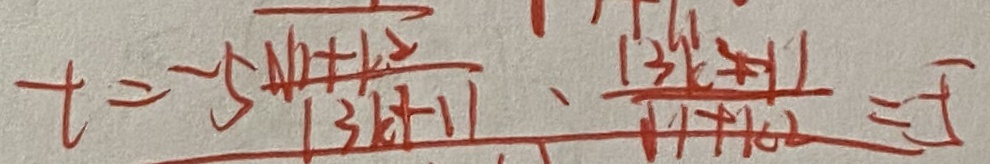
t = - 5 \frac { \sqrt { ( 1 + k ) ^ { 2 } } } { 1 3 k + 1 1 } \cdot \frac { 1 3 k ^ { 2 } + 1 1 } { 1 1 + k ^ { 2 } } = - 5